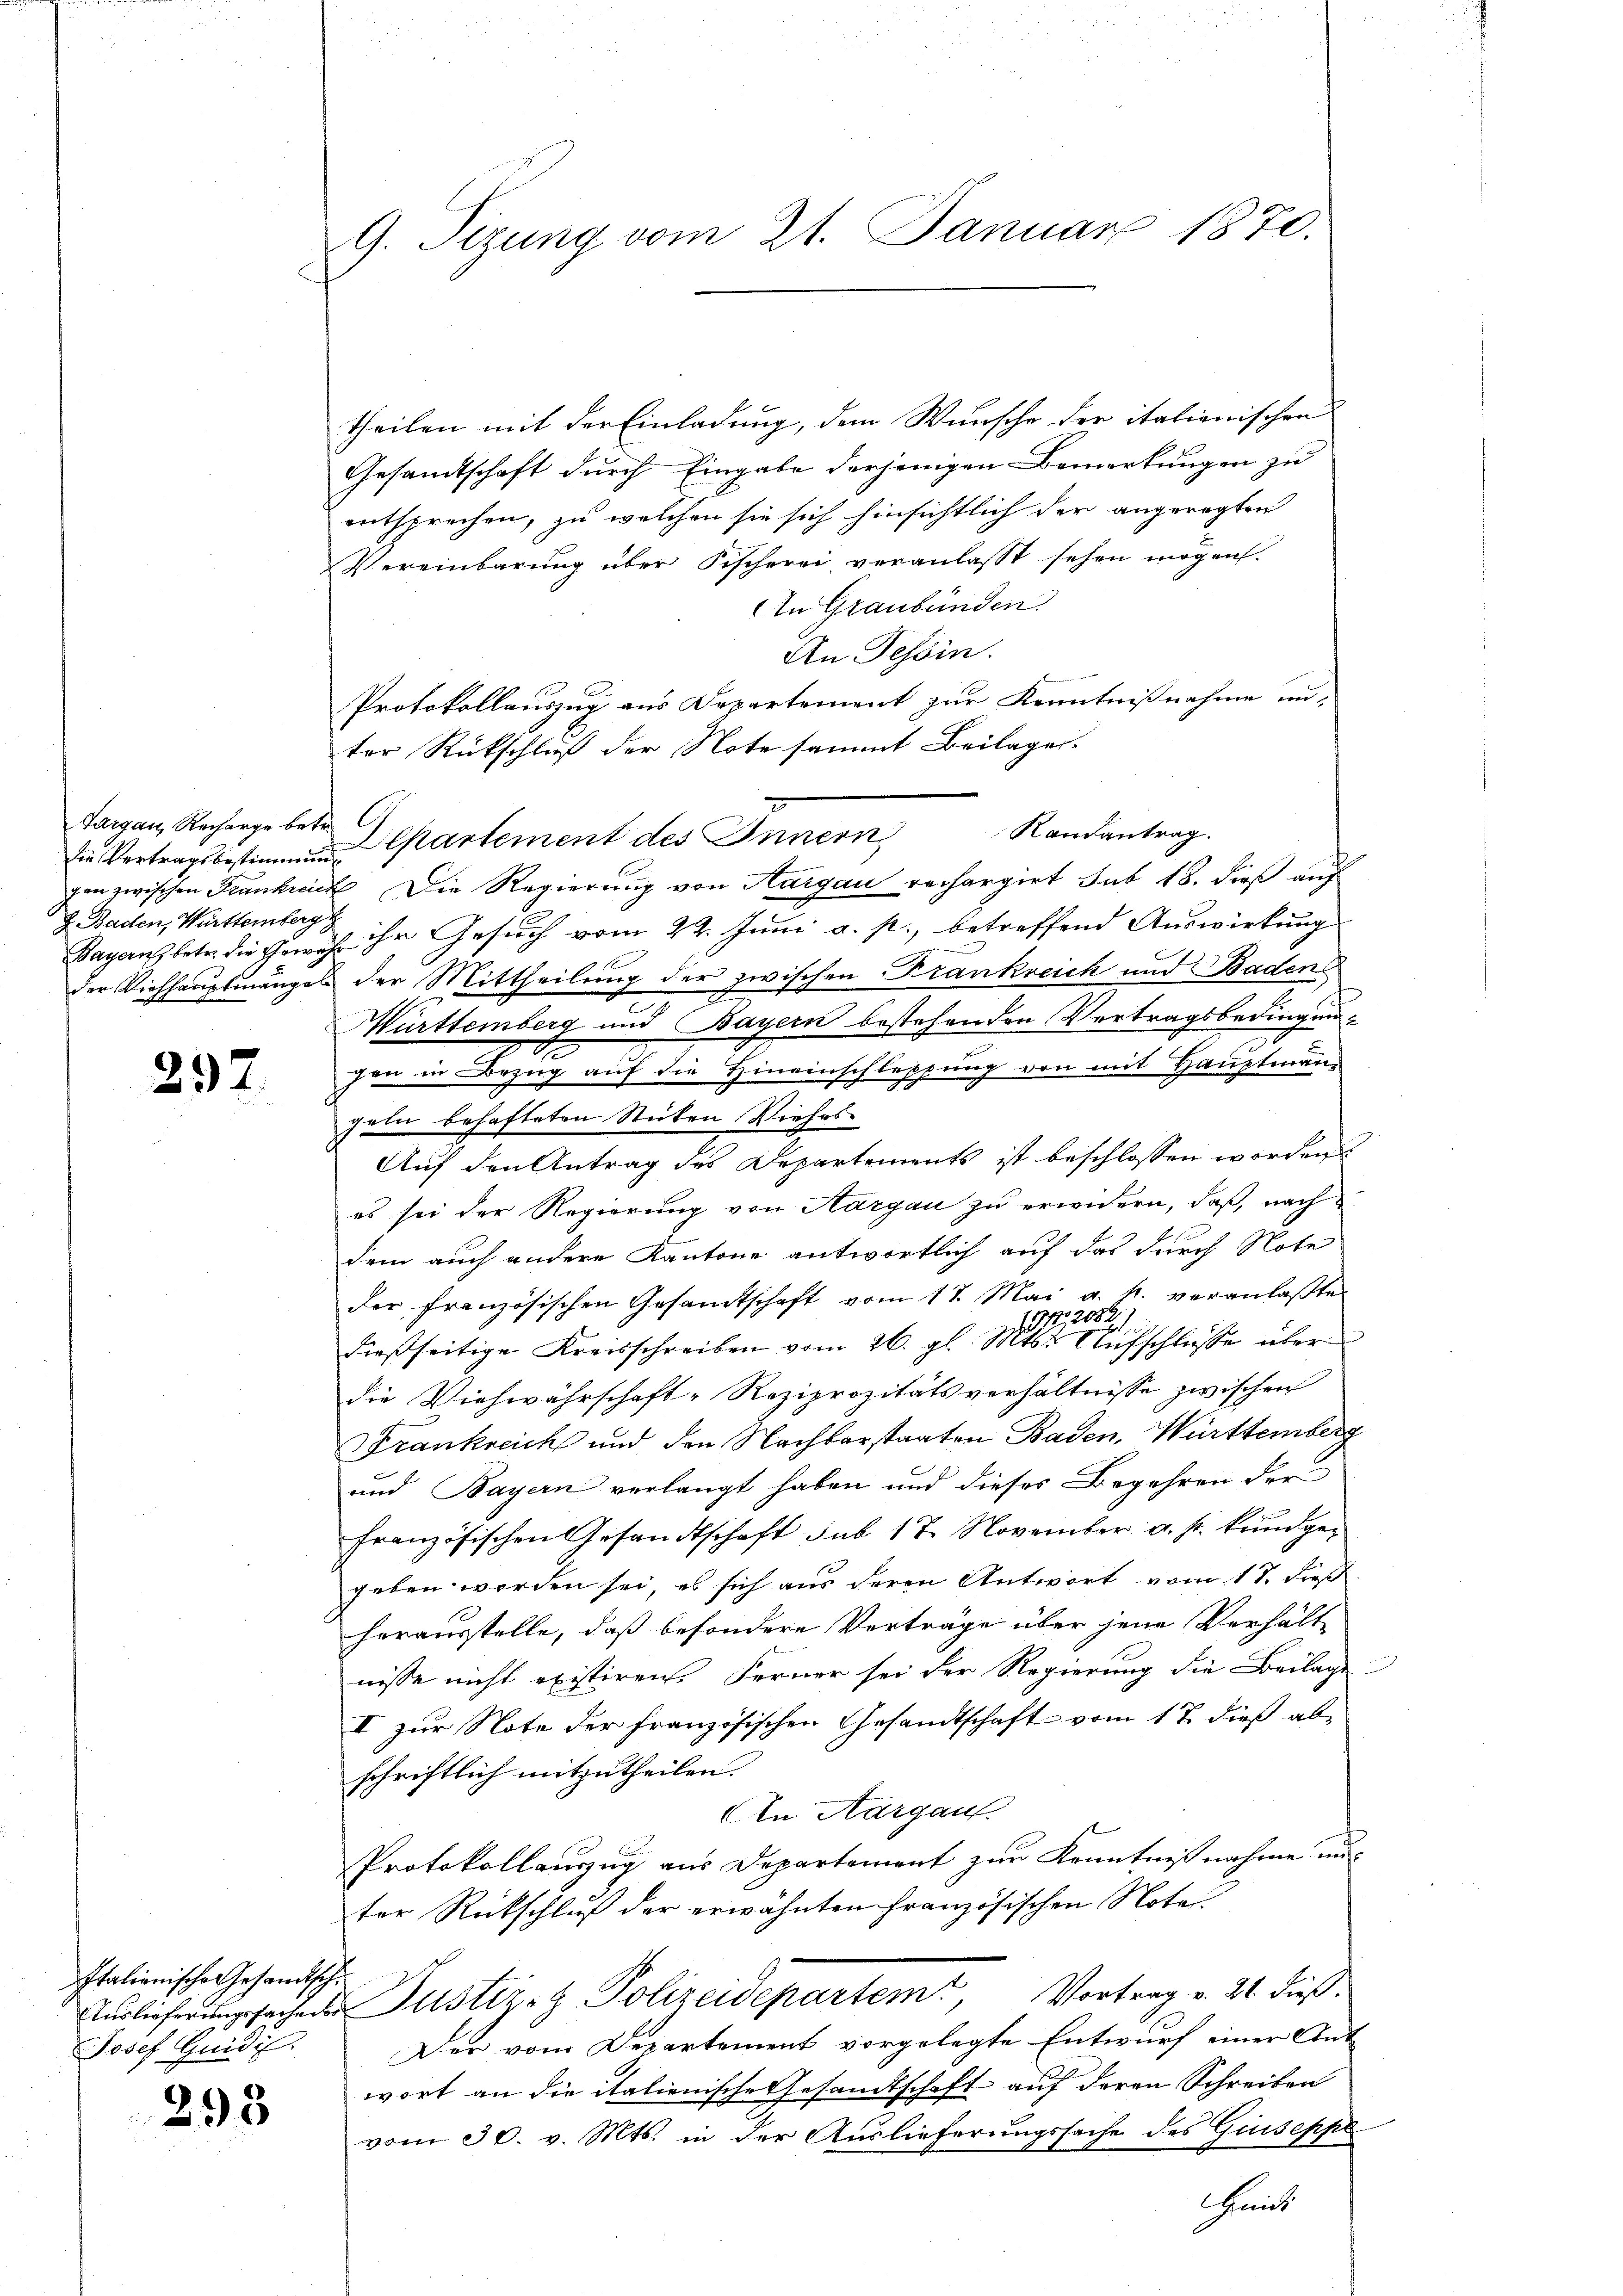
die Vertragsbestimmung
J. Baden, Württemberg

297

Italienische Gesandtsch¬
Josef Guidi

293

G. Tizung vom 21. Januar 1870.

theilen mit der Einladung, dem Wunsche der italienischen
Gesandtschaft durch Eingabe derjenigen Bemerkungen zu
entsprechen, zu welchen sie sich hinsichtlich der angeregten
Vereinbarung über Fischerei veranlasst sehen mögen.
An Graubünden.
An Tessin.
Protokollauszug aus Departement zur Kenntnißnahme un
ter Rückschluß der Note sammt Beilagen.
l.
Randantrag.
Largau, Rechergebete Departement des Innern,
gan zwischen Frankreich Die Regierung von Aargau rechargirt sub 18. dieß auf
Baganz betr. die Gewähr ihr Gesuch vom 22. Juni a. p., betreffend Auswirkung
der Viehhauptmänges der Mittheilung der zwischen Frankreich und Badens
Mürttemberg und Bayern bestehenden Vertragsbedingun¬
1
zen in Bezug auf die Hineinschleppung von mit Hauptman
geln behafteten Steiten Viehes
Auf den Antrag des Departements ist beschlossen worden
es sei der Regierung von Aargau zu erwidern, daß, nach
dem auch andere Kantone antwortlich auf das durch Note
der französischen Gesamtschaft vom 17. Mai a. p. veranlaßte
dießseitige Kreisschreiben vom 26. gl. auchschlüsse über
die Viehwährschaft-Reziprozitätsverhältnisse zwischen
Frankreich und den Nachbarstaaten Baden, Württemberg
und Bayern verlangt haben und dieses Begehren der
französischen Gesandtschaft sub 17. November a. p. kundgegeben worden sei, es sich aus deren Antwort vom 17. dieß
herausstelle, daß besondere Verträge über jene Verhält
nisse nicht existiren. Ferner sei der Regierung die Beilage
II zur Note der französischen Gesandtschaft vom 17. dieß abschriftlich mitzutheilen.
An Aargau.
Protokollauszug aus Departement zur Kenntnißnahme aus
ter Rückschluß der erwähnten Französischen Notar
sache Justiz- & Polizeidepartem Vortrag v. 21. dieß
Der vom Departement vorgelegte Entwurf einer Antwort an die italienische Gesandtschaft auf deren Schreiben
vom 30. v. Mts. in der Auslieferungssache des Giuseppe
Haus